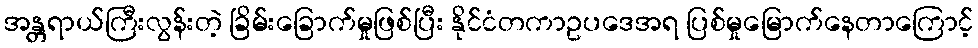
အန္တရာယ်ကြီးလွန်းတဲ့ ခြိမ်းခြောက်မှုဖြစ်ပြီး နိုင်ငံတကာဥပဒေအရ ပြစ်မှုမြောက်နေတာကြောင့်